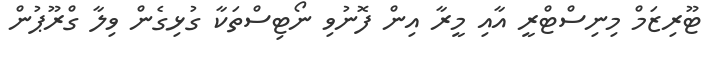
ޓޫރިޒަމް މިނިސްޓްރީ އާއި މީރާ އިން ފޮނުވި ނޯޓިސްތަކާ ގުޅިގެން ވިލާ ގްރޫޕުން